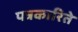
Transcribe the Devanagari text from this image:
पत्रकारिते